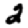
Digit: 2